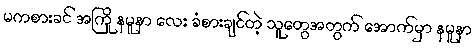
မကစားခင် အကြို နမူနာ လေး ခံစားချင်တဲ့ သူတွေအတွက် အောက်မှာ နမူနာ